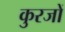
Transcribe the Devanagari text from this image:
कुरजों